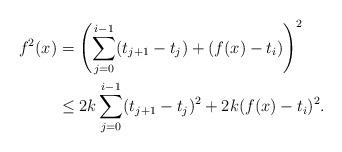
LaTeX: \begin{align*}f^2(x)&=\left(\sum_{j=0}^{i-1}(t_{j+1}-t_j)+(f(x)-t_i)\right)^2\\&\leq 2k\sum_{j=0}^{i-1}(t_{j+1}-t_j)^2+2k(f(x)-t_i)^2.\end{align*}